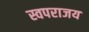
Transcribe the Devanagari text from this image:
स्वपराजय